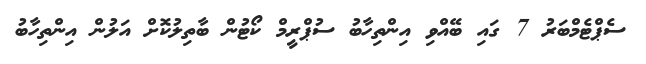
ސެޕްޓެމްބަރު 7 ގައި ބޭއްވި އިންތިހާބު ސުޕްރީމް ކޯޓުން ބާތިލުކޮށް އަލުން އިންތިހާބު